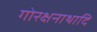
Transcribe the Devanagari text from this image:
गोरक्षनाथादि